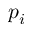
p _ { i }